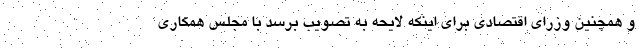
و همچنین وزرای اقتصادی برای اینکه لایحه به تصویب برسد با مجلس همکاری